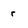
Character: r